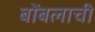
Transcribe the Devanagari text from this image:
बोंबलाची